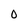
Character: 0